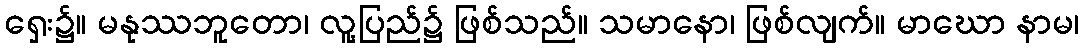
ရှေး၌။ မနုဿဘူတော၊ လူ့ပြည်၌ ဖြစ်သည်။ သမာနော၊ ဖြစ်လျက်။ မာဃော နာမ၊